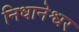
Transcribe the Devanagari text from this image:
निधानेश्वर